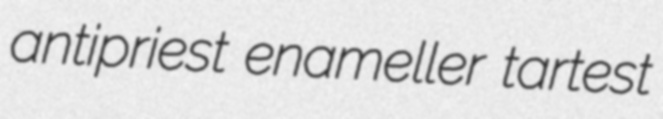
antipriest enameller tartest